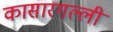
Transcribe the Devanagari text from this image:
कासारगल्ली